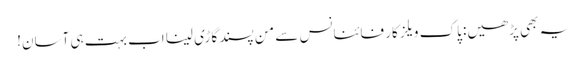
یہ بھی پڑھیں: پاک ویلز کار فائنانس سے من پسند گاڑی لینا اب بہت ہی آسان!